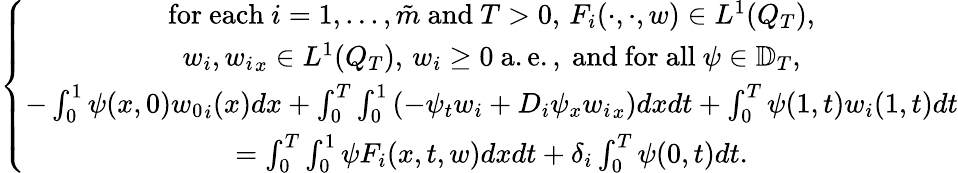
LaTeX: \left\{ \begin{array}{c}{\mathrm{for~each~}i=1,...,\tilde{m}\mathrm{~and~}T>0,\, F_{i}(\cdot,\cdot,w)\in L^{1}(Q_{T}),}\\ {w_{i},{w_{i}}_{x}\in L^{1}(Q_{T}),\, w_{i}\ge 0\mathrm{~a.e.,~and~for~all~}\psi\in\mathbb{D}_{T},}\\ {-\int_{0}^{1}\psi(x,0){w_{0}}_{i}(x)dx+\int_{0}^{T}\int_{0}^{1}\left(-\psi_{t}w_{i}+D_{i}\psi_{x}{w_{i}}_{x}\right)dxdt+\int_{0}^{T}\psi(1,t)w_{i}(1,t)dt}\\ {=\int_{0}^{T}\int_{0}^{1}\psi F_{i}(x,t,w)dxdt+\delta_{i}\int_{0}^{T}\psi(0,t)dt.}\end{array}\right.